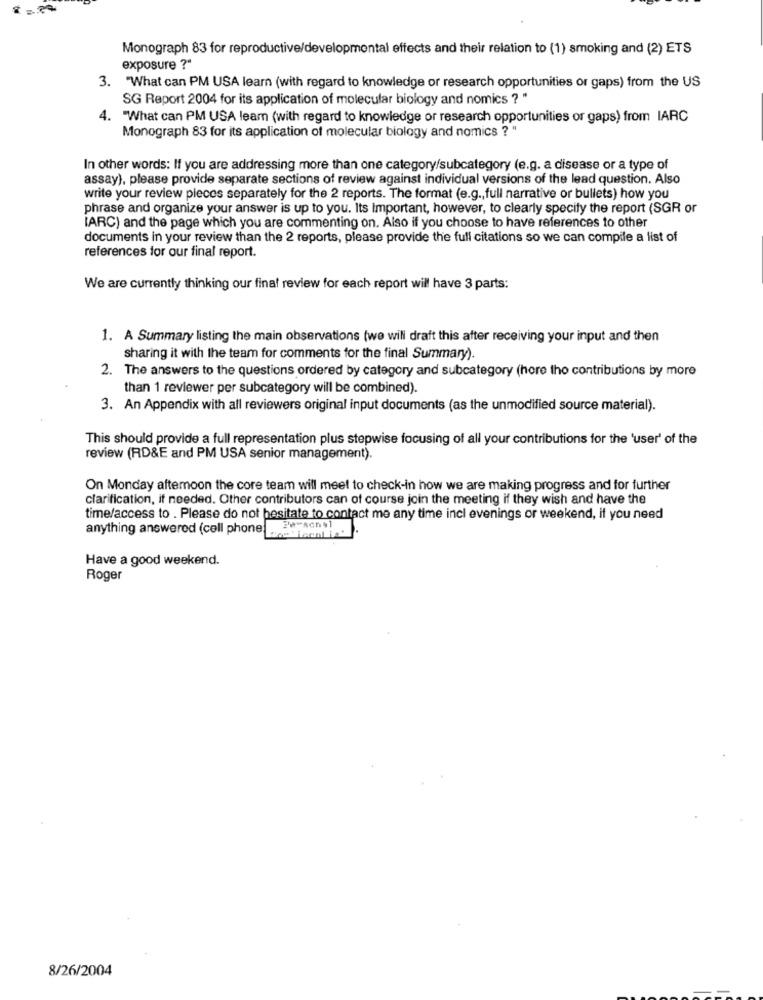
Monograph 83 for reproductive/developmental effects and their relation to (1) smoking and (2) ETS
exposure ?"
3. "What can PM USA learn (with regard to knowledge or research opportunities or gaps) from the US
SG Report 2004 for its application of molecular biology and nomics ? "
4. "What can PM USA leam (with regard to knowledge or research opportunities or gaps) from IARC
Monograph 83 for its application of molecular biology and nomics ? "
In other words: If you are addressing more than one category/subcategory (e.g. a disease or a type of
assay), please provide separate sections of review against individual versions of the lead question. Also
write your review pieces separately for the 2 reports. The format (e.g ., full narrative or bullets) how you
phrase and organize your answer is up to you. Its Important, however, to clearly specify the report (SGR or
IARC) and the page which you are commenting on. Also if you choose to have references to other
documents in your review than the 2 reports, please provide the full citations so we can compile a list of
references for our final report.
We are currently thinking our final review for each report will have 3 parts:
1. A Summary listing the main observations (we will draft this after receiving your input and then
sharing it with the team for comments for the final Summary).
2. The answers to the questions ordered by category and subcategory (hore tho contributions by more
than 1 reviewer per subcategory will be combined).
3. An Appendix with all reviewers original input documents (as the unmodified source material).
This should provide a full representation plus stepwise focusing of all your contributions for the 'user' of the
review (RD&E and PM USA senior management).
On Monday afternoon the core team will meet to check-in how we are making progress and for further
clarification, if needed. Other contributors can of course join the meeting if they wish and have the
time/access to . Please do not hesitate to contact me any time incl evenings or weekend, if you need
anything answered (cell phone
Have a good weekend.
Roger
8/26/2004